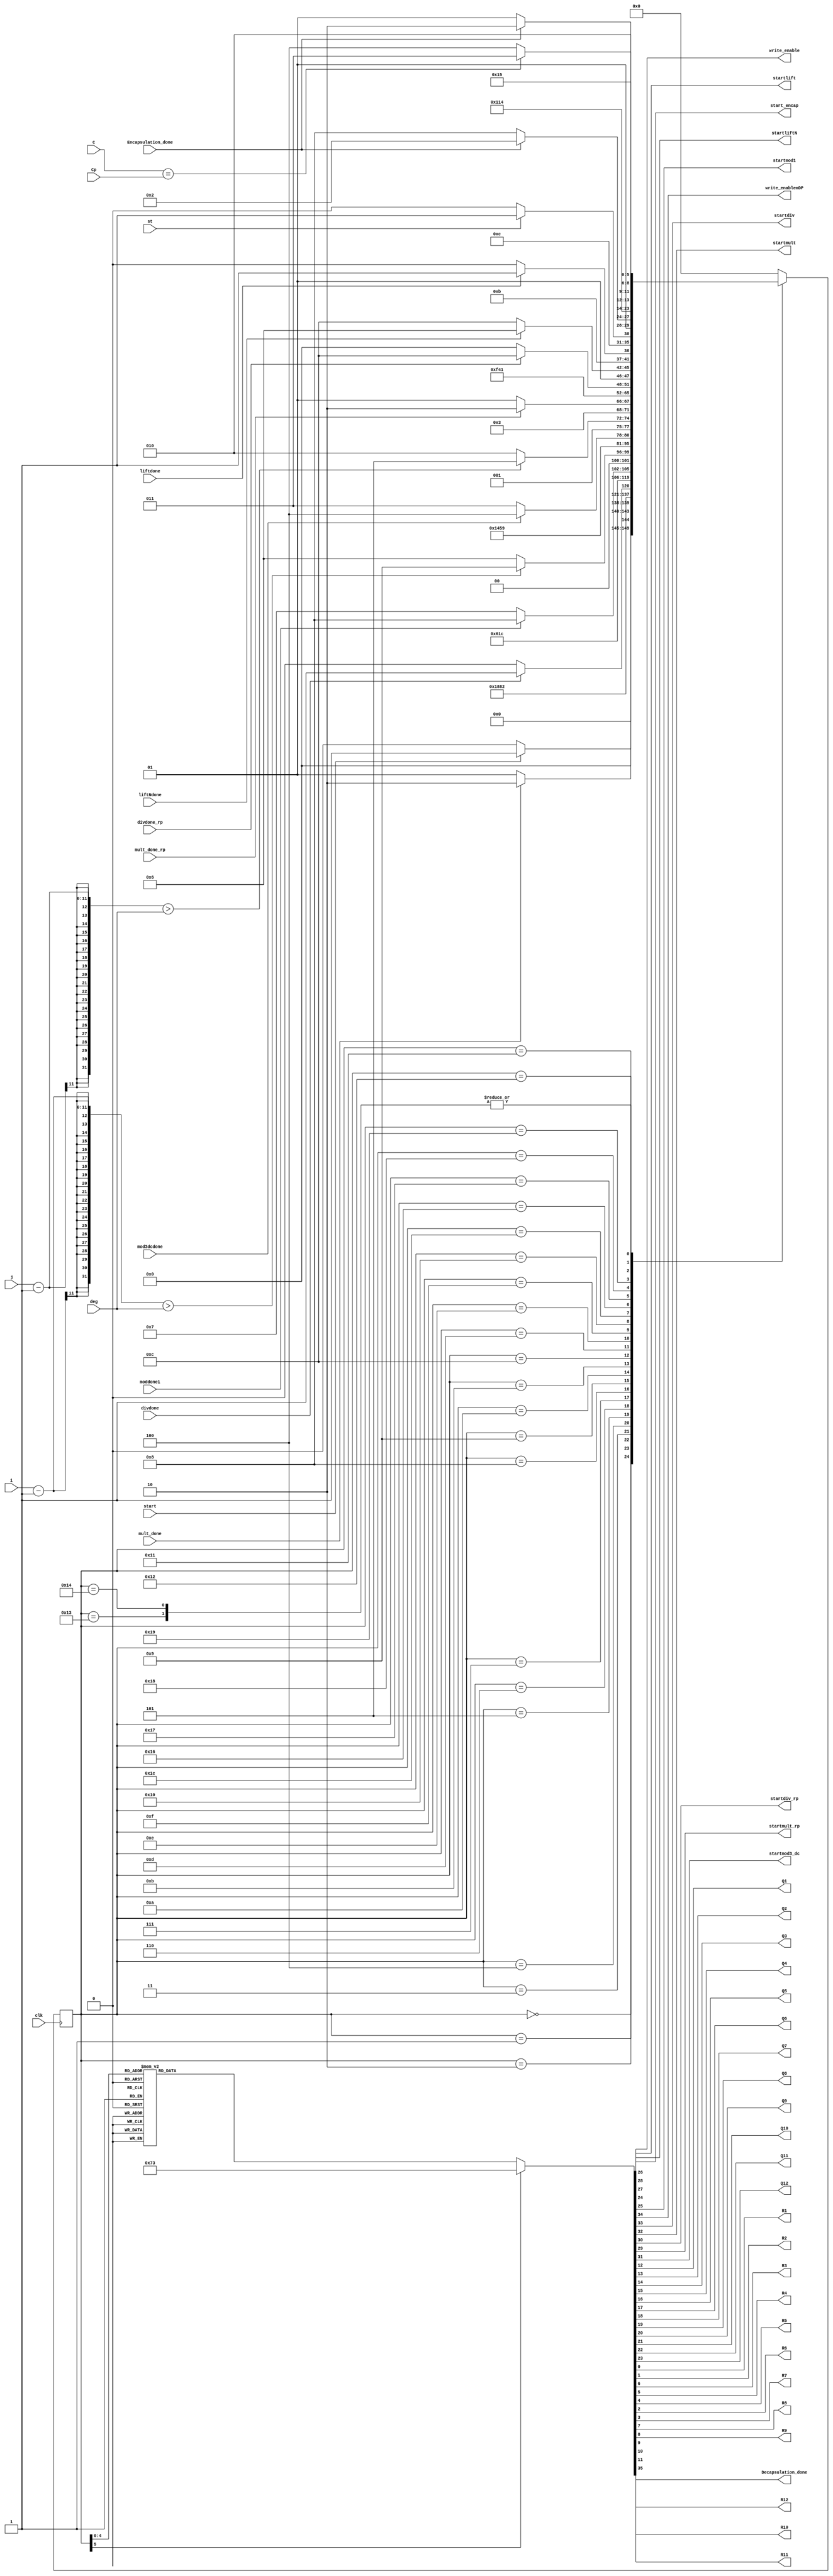
`timescale 1ns / 1ps
//////////////////////////////////////////////////////////////////////////////////
// Company: 
// Engineer: 
// 
// Design Name: 
// Module Name: Decapsulation_FSM
// Project Name: 
// Target Devices: 
// Tool Versions: 
// Description: 
// 
// Dependencies: 
// 
// Revision:
// Revision 0.01 - File Created
// Additional Comments:
// 
//////////////////////////////////////////////////////////////////////////////////


module Decapsulation_FSM(
    input clk, start,
    input [127:0] C, Cp,
    input [10:0]i, deg, j,
    input st, liftdone, liftNdone, Encapsulation_done,moddone1, mod3dcdone, mult_done, divdone, mult_done_rp, divdone_rp,
    output reg start_encap, startliftN,startlift,write_enable, startmod1,write_enablemDP, startdiv, startmult, startdiv_rp, startmult_rp, startmod3_dc,
    output reg Q1, Q2, Q3, Q4, Q5, Q6, Q7, Q8, Q9, Q10, Q11, Q12, R1, R2, R3, R4, R5, R6, R7,R8,R9,R10,R11, R12,
    output reg Decapsulation_done
    );
    
    parameter Inicio  = 5'b00000;
    parameter multI=5'b00001;
    parameter As1=5'b00010;
    parameter As2= 5'b00011;
    parameter cI=5'b00100;
    parameter temp1 = 5'b00101;
    parameter mod1=5'b00110;
    parameter mant=5'b00111;
    parameter pregM=5'b01000;
    parameter tempM3 = 5'b01001;
    parameter Mod3decap=5'b01010;
    parameter mantM3=5'b01011;
    parameter pregM3=5'b01100; 
    parameter multIrp=5'b01101;
    parameter As1rp=5'b01110;
    parameter As2rp=5'b01111;
    parameter rpI=5'b10000;
    parameter lift=5'b11100;
    parameter tsmallI=5'b10110;
    parameter checkrp=5'b10111;
    parameter CHrp=5'b11000;
    parameter Mrp=5'b11001;
    parameter encap=5'b10001;
    parameter check_C=5'b10010;
    parameter T=5'b10011;
    parameter F=5'b10100;
    parameter salida =5'b10101;


    reg [5:0] presente = Inicio; // Registro de Estado - Valor inicial
    reg [5:0] futuro;            // Entrada del registro de Estado

    // Registro de estado 
    always @(posedge clk)
        presente <= futuro;

    // Lgica del estado siguiente
    always @(presente,  deg, i, j, liftNdone, Encapsulation_done, moddone1, st, liftdone, mult_done, divdone, mult_done_rp, divdone_rp, mod3dcdone, start)
        case (presente)
            Inicio:
                if(start)
                    futuro <= multI;            
                else
                    futuro <= Inicio;
            multI:
                  if(mult_done)
                    futuro <= As1;            
                else
                    futuro <= multI;
            As1:
                futuro <= As2;
            As2:
                futuro <= cI;
            cI:
                if(divdone)
                    futuro <= temp1;
                else
                    futuro <= cI;
            temp1:
                futuro <= mod1;
            mod1:
                    futuro <= mant;
            mant:
                if(moddone1)
                    futuro <= pregM;
                else
                    futuro <= mant;
            pregM:
                if((i-1)>deg)
                    futuro <= tempM3;
                else
                    futuro <= mod1;
            tempM3:
                futuro <=Mod3decap;
            Mod3decap:
                    futuro <= mantM3;
            mantM3:
                if(mod3dcdone)
                    futuro <= pregM3;
                else
                    futuro <= mantM3;
            pregM3:
                if((j-1)>deg)
                    futuro <= multIrp;
                else
                    futuro <= Mod3decap;
            multIrp:
                  if(mult_done_rp)
                    futuro <= As1rp;            
                else
                    futuro <= multIrp;
            As1rp:
                futuro <= As2rp;
            As2rp:
                futuro <= rpI;
            rpI:
                if(divdone_rp)
                    futuro <= lift;
                else
                    futuro <= rpI;
            lift:
                if(liftNdone)
                    futuro <= tsmallI;
                else
                    futuro <= lift;
            tsmallI:
                if(liftdone)
                    futuro <= checkrp;
                else
                    futuro <= tsmallI;
            checkrp:
                if(st)
                    futuro <= Mrp;
                else
                    futuro <= CHrp;
            CHrp:
                if(Encapsulation_done)
                    futuro <= check_C;
                else
                    futuro <= CHrp;
            Mrp:
                futuro <= encap;
            encap:
                if(Encapsulation_done)
                    futuro <= check_C;
                else
                    futuro <= encap; 
            check_C:
                 if(C==Cp)
                    futuro <= T;
                else
                    futuro <= F; 
            T:
                futuro <=salida;
            F:
                futuro <=salida;    
            salida:
                futuro <= Inicio;
            default:
                futuro <= Inicio;
        endcase
    
    // Lgica de salida
    always @(presente)
        case (presente)
            Inicio : begin
                R1 <= 1'b1;
                R2 <= 1'b1;
                R6 <= 1'b0;
                R7 <= 1'b0;
                R5<= 1'b1;
                R4<= 1'b1;
                R3<= 1'b1;
                R8<= 1'b0;
                R9 <=1'b0;
                R10 <=1'b0;
                R11 <=1'b0;
                R12 <=1'b0;
                Q1<=1'b0;
                Q2<=1'b0;
                Q3<=1'b0;
                Q4<=1'b0;
                Q5<=1'b0;
                Q6<=1'b0;
                Q7<=1'b0;
                Q8<=1'b0;
                Q9<=1'b0;
                Q10<=1'b0;
                Q11<=1'b0;
                Q12<=1'b0;
                write_enable<=1'b0;
                startmod1 <= 1'b0;
                start_encap <= 1'b0;
                startlift<=1'b0;
                startliftN<=1'b0;
                startmult_rp<=1'b0;
                startdiv_rp<=1'b0;
                startmod3_dc<=1'b0;
                startmult<=1'b0;
                startdiv <= 1'b0;
                write_enablemDP<=1'b0;                
                Decapsulation_done <= 1'b0;
            end
            multI: begin
                R1 <= 1'b1;
                R2 <= 1'b1;
                R6 <= 1'b1;
                R7 <= 1'b1;
                R5<= 1'b1;
                R4<= 1'b1;
                R3<= 1'b1;
                R8<= 1'b0;
                R9 <=1'b1;
                R10 <=1'b1;
                R11 <=1'b0;
                R12 <=1'b0;
                Q1<=1'b0;
                Q2<=1'b0;
                Q3<=1'b0;
                Q4<=1'b0;
                Q5<=1'b0;
                Q6<=1'b0;
                Q7<=1'b0;
                Q8<=1'b0;
                Q9<=1'b0;
                Q10<=1'b0;
                Q11<=1'b0;
                Q12<=1'b0;
                startliftN<=1'b0;
                write_enable<=1'b0;
                startmod1 <= 1'b0;
                start_encap <= 1'b0;
                startlift<=1'b0;
                startmult_rp<=1'b0;
                startdiv_rp<=1'b0;
                startmod3_dc<=1'b0;
                startmult<=1'b1;
                startdiv <= 1'b0;
                write_enablemDP<=1'b0;                
                Decapsulation_done <= 1'b0;
            end
            As1: begin
                R1 <= 1'b0;
                R2 <= 1'b0;
                R6 <= 1'b1;
                R7 <= 1'b1;
                R5<= 1'b1;
                R4<= 1'b1;
                R3<= 1'b1;
                R8<= 1'b0;
                R9 <=1'b1;
                R10 <=1'b1;
                R11 <=1'b0;
                R12 <=1'b0;
                Q1<=1'b0;
                Q2<=1'b0;
                Q3<=1'b1;
                Q4<=1'b1;
                Q5<=1'b0;
                Q6<=1'b0;
                Q7<=1'b0;
                Q8<=1'b0;
                Q9<=1'b0;
                Q10<=1'b0;
                Q11<=1'b0;
                Q12<=1'b0;
                startliftN<=1'b0;
                write_enable<=1'b0;
                startmod1 <= 1'b0;
                start_encap <= 1'b0;
                startlift<=1'b0;
                startmult_rp<=1'b0;
                startdiv_rp<=1'b0;
                startmod3_dc<=1'b0;
                startmult<=1'b0;
                startdiv <= 1'b0;
                write_enablemDP<=1'b1;                
                Decapsulation_done <= 1'b0;
            end
            As2: begin
                R1 <= 1'b0;
                R2 <= 1'b0;
                R6 <= 1'b1;
                R7 <= 1'b1;
                R5<= 1'b1;
                R4<= 1'b1;
                R3<= 1'b1;
                R8<= 1'b0;
                R9 <=1'b1;
                R10 <=1'b1;
                R11 <=1'b0;
                R12 <=1'b0;
                Q1<=1'b0;
                Q2<=1'b0;
                Q3<=1'b1;
                Q4<=1'b1;
                Q5<=1'b0;
                Q6<=1'b0;
                Q7<=1'b0;
                Q8<=1'b0;
                Q9<=1'b0;
                Q10<=1'b0;
                Q11<=1'b0;
                Q12<=1'b0;
                startliftN<=1'b0;
                write_enable<=1'b0;
                startmod1 <= 1'b0;
                start_encap <= 1'b0;
                startlift<=1'b0;
                startmult_rp<=1'b0;
                startdiv_rp<=1'b0;
                startmod3_dc<=1'b0;
                startmult<=1'b0;
                startdiv <= 1'b0;
                write_enablemDP<=1'b1;                
                Decapsulation_done <= 1'b0;
            end                 
            cI: begin
                R1 <= 1'b1;
                R2 <= 1'b1;
                R6 <= 1'b1;
                R7 <= 1'b1;
                R5<= 1'b1;
                R4<= 1'b1;
                R3<= 1'b1;
                R8<= 1'b0;
                R9 <=1'b1;
                R10 <=1'b1;
                R11 <=1'b0;
                R12 <=1'b0;
                Q1<=1'b0;
                Q2<=1'b0;
                Q3<=1'b0;
                Q4<=1'b1;
                Q5<=1'b0;
                Q6<=1'b1;
                Q7<=1'b0;
                Q8<=1'b0;
                Q9<=1'b0;
                Q10<=1'b0;
                Q11<=1'b0;
                Q12<=1'b0;
                startliftN<=1'b0;
                write_enable<=1'b0;
                startmod1 <= 1'b0;
                start_encap <= 1'b0;
                startlift<=1'b0;
                startmult_rp<=1'b0;
                startdiv_rp<=1'b0;
                startmod3_dc<=1'b0;
                startmult<=1'b0;
                startdiv <= 1'b1;
                write_enablemDP<=1'b0;                
                Decapsulation_done <= 1'b0;
            end
            temp1: begin
                R1 <= 1'b1;
                R2 <= 1'b1;
                R6 <= 1'b1;
                R7 <= 1'b1;
                R5<= 1'b1;
                R4<= 1'b1;
                R3<= 1'b1;
                R8<= 1'b0;
                R9 <=1'b1;
                R10 <=1'b1;
                R11 <=1'b0;
                R12 <=1'b0;
                Q1<=1'b0;
                Q2<=1'b0;
                Q3<=1'b1;
                Q4<=1'b0;
                Q5<=1'b0;
                Q6<=1'b0;
                Q7<=1'b0;
                Q8<=1'b0;
                Q9<=1'b0;
                Q10<=1'b0;
                Q11<=1'b0;
                Q12<=1'b0;
                startliftN<=1'b0;
                write_enable<=1'b0;
                startmod1 <= 1'b0;
                start_encap <= 1'b0;
                startlift<=1'b0;
                startmult_rp<=1'b0;
                startdiv_rp<=1'b0;
                startmod3_dc<=1'b0;
                startmult<=1'b0;
                startdiv <= 1'b0;
                write_enablemDP<=1'b0;                
                Decapsulation_done <= 1'b0;
            end
            mod1: begin
                R1 <= 1'b1;
                R2 <= 1'b1;
                R6 <= 1'b0;
                R7 <= 1'b1;
                R5<= 1'b1;
                R4<= 1'b0;
                R3<= 1'b0;
                R8<= 1'b0;
                R9 <=1'b1;
                R10 <=1'b1;
                R11 <=1'b0;
                R12 <=1'b0;
                Q1<=1'b0;
                Q2<=1'b0;
                Q3<=1'b1;
                Q4<=1'b0;
                Q5<=1'b0;
                Q6<=1'b0;
                Q7<=1'b0;
                Q8<=1'b0;
                Q9<=1'b0;
                Q10<=1'b0;
                Q11<=1'b0;
                Q12<=1'b0;
                startliftN<=1'b0;
                write_enable<=1'b0;
                startmod1 <= 1'b1;
                start_encap <= 1'b0;
                startlift<=1'b0;
                startmult_rp<=1'b0;
                startdiv_rp<=1'b0;
                startmod3_dc<=1'b0;
                startmult<=1'b0;
                startdiv <= 1'b0;
                write_enablemDP<=1'b0;                
                Decapsulation_done <= 1'b0;
            end
            mant: begin
                R1 <= 1'b1;
                R2 <= 1'b1;
                R6 <= 1'b1;
                R7 <= 1'b1;
                R5<= 1'b1;
                R4<= 1'b1;
                R3<= 1'b0;
                R8<= 1'b0;
                R9 <=1'b1;
                R10 <=1'b1;
                R11 <=1'b0;
                R12 <=1'b0;
                Q1<=1'b0;
                Q2<=1'b0;
                Q3<=1'b1;
                Q4<=1'b0;
                Q5<=1'b0;
                Q6<=1'b0;
                Q7<=1'b0;
                Q8<=1'b0;
                Q9<=1'b0;
                Q10<=1'b0;
                Q11<=1'b0;
                Q12<=1'b0;
                startliftN<=1'b0;
                write_enable<=1'b0;
                startmod1 <= 1'b0;
                start_encap <= 1'b0;
                startlift<=1'b0;
                startmult_rp<=1'b0;
                startdiv_rp<=1'b0;
                startmod3_dc<=1'b0;
                startmult<=1'b0;
                startdiv <= 1'b0;
                write_enablemDP<=1'b0;                
                Decapsulation_done <= 1'b0;
            end
            pregM: begin
                R1 <= 1'b1;
                R2 <= 1'b1;
                R6 <= 1'b1;
                R7 <= 1'b1;
                R5<= 1'b0;
                R4<= 1'b1;
                R3<= 1'b0;
                R8<= 1'b0;
                R9 <=1'b1;
                R10 <=1'b1;
                R11 <=1'b0;
                R12 <=1'b0;
                Q1<=1'b0;
                Q2<=1'b0;
                Q3<=1'b1;
                Q4<=1'b0;
                Q5<=1'b0;
                Q6<=1'b0;
                Q7<=1'b0;
                Q8<=1'b0;
                Q9<=1'b0;
                Q10<=1'b0;
                Q11<=1'b0;
                Q12<=1'b0;
                startliftN<=1'b0;
                write_enable<=1'b1;
                startmod1 <= 1'b0;
                start_encap <= 1'b0;
                startlift<=1'b0;
                startmult_rp<=1'b0;
                startdiv_rp<=1'b0;
                startmod3_dc<=1'b0;
                startmult<=1'b0;
                startdiv <= 1'b0;
                write_enablemDP<=1'b0;                
                Decapsulation_done <= 1'b0;
            end
            tempM3: begin
                R1 <= 1'b1;
                R2 <= 1'b1;
                R6 <= 1'b0;
                R7 <= 1'b0;
                R5<= 1'b1;
                R4<= 1'b1;
                R3<= 1'b1;
                R8<= 1'b0;
                R9 <=1'b1;
                R10 <=1'b1;
                R11 <=1'b0;
                R12 <=1'b0;
                Q1<=1'b0;
                Q2<=1'b0;
                Q3<=1'b1;
                Q4<=1'b0;
                Q5<=1'b0;
                Q6<=1'b0;
                Q7<=1'b0;
                Q8<=1'b0;
                Q9<=1'b0;
                Q10<=1'b0;
                Q11<=1'b0;
                Q12<=1'b0;
                startliftN<=1'b0;
                write_enable<=1'b1;
                startmod1 <= 1'b0;
                start_encap <= 1'b0;
                startlift<=1'b0;
                startmult_rp<=1'b0;
                startdiv_rp<=1'b0;
                startmod3_dc<=1'b0;
                startmult<=1'b0;
                startdiv <= 1'b0;
                write_enablemDP<=1'b0;                
                Decapsulation_done <= 1'b0;
            end
            Mod3decap: begin
                R1 <= 1'b1;
                R2 <= 1'b1;
                R6 <= 1'b0;
                R7 <= 1'b1;
                R5<= 1'b1;
                R4<= 1'b0;
                R3<= 1'b0;
                R8<= 1'b1;
                R9 <=1'b0;
                R10 <=1'b1;
                R11 <=1'b1;
                R12 <=1'b0;
                Q1<=1'b0;
                Q2<=1'b0;
                Q3<=1'b1;
                Q4<=1'b0;
                Q5<=1'b0;
                Q6<=1'b0;
                Q7<=1'b0;
                Q8<=1'b0;
                Q9<=1'b0;
                Q10<=1'b0;
                Q11<=1'b0;
                Q12<=1'b0;
                startliftN<=1'b0;
                write_enable<=1'b1;
                startmod1 <= 1'b0;
                start_encap <= 1'b0;
                startlift<=1'b0;
                startmult_rp<=1'b0;
                startdiv_rp<=1'b0;
                startmod3_dc<=1'b1;
                startmult<=1'b0;
                startdiv <= 1'b0;
                write_enablemDP<=1'b0;                
                Decapsulation_done <= 1'b0;
            end
            mantM3: begin
                R1 <= 1'b1;
                R2 <= 1'b1;
                R6 <= 1'b1;
                R7 <= 1'b1;
                R5<= 1'b1;
                R4<= 1'b1;
                R3<= 1'b1;
                R8<= 1'b0;
                R9 <=1'b1;
                R10 <=1'b1;
                R11 <=1'b0;
                R12 <=1'b0;
                Q1<=1'b0;
                Q2<=1'b0;
                Q3<=1'b1;
                Q4<=1'b0;
                Q5<=1'b0;
                Q6<=1'b0;
                Q7<=1'b0;
                Q8<=1'b0;
                Q9<=1'b0;
                Q10<=1'b0;
                Q11<=1'b0;
                Q12<=1'b0;
                startliftN<=1'b0;
                write_enable<=1'b0;
                startmod1 <= 1'b0;
                start_encap <= 1'b0;
                startlift<=1'b0;
                startmult_rp<=1'b0;
                startdiv_rp<=1'b0;
                startmod3_dc<=1'b0;
                startmult<=1'b0;
                startdiv <= 1'b0;
                write_enablemDP<=1'b0;                
                Decapsulation_done <= 1'b0;
            end
            pregM3: begin
                R1 <= 1'b1;
                R2 <= 1'b1;
                R6 <= 1'b1;
                R7 <= 1'b1;
                R5<= 1'b0;
                R4<= 1'b1;
                R3<= 1'b0;
                R8<= 1'b1;
                R9 <=1'b1;
                R10 <=1'b1;
                R11 <=1'b0;
                R12 <=1'b1;
                Q1<=1'b0;
                Q2<=1'b0;
                Q3<=1'b1;
                Q4<=1'b0;
                Q5<=1'b0;
                Q6<=1'b0;
                Q7<=1'b0;
                Q8<=1'b0;
                Q9<=1'b0;
                Q10<=1'b0;
                Q11<=1'b0;
                Q12<=1'b0;
                startliftN<=1'b0;
                write_enable<=1'b1;
                startmod1 <= 1'b0;
                start_encap <= 1'b0;
                startlift<=1'b0;
                startmult_rp<=1'b0;
                startdiv_rp<=1'b0;
                startmod3_dc<=1'b0;
                startmult<=1'b0;
                startdiv <= 1'b0;
                write_enablemDP<=1'b0;                
                Decapsulation_done <= 1'b0;
            end
            multIrp: begin
                R1 <= 1'b1;
                R2 <= 1'b1;
                R6 <= 1'b1;
                R7 <= 1'b1;
                R5<= 1'b1;
                R4<= 1'b1;
                R3<= 1'b1;
                R8<= 1'b0;
                R9 <=1'b1;
                R10 <=1'b1;
                R11 <=1'b0;
                R12 <=1'b0;
                Q1<=1'b0;
                Q2<=1'b1;
                Q3<=1'b1;
                Q4<=1'b1;
                Q5<=1'b1;
                Q6<=1'b0;
                Q7<=1'b0;
                Q8<=1'b0;
                Q9<=1'b0;
                Q10<=1'b0;
                Q11<=1'b0;
                Q12<=1'b0;
                startliftN<=1'b0;
                write_enable<=1'b0;
                startmod1 <= 1'b0;
                start_encap <= 1'b0;
                startlift<=1'b0;
                startmult_rp<=1'b1;
                startdiv_rp<=1'b0;
                startmod3_dc<=1'b0;
                startmult<=1'b0;
                startdiv <= 1'b0;
                write_enablemDP<=1'b0;                
                Decapsulation_done <= 1'b0;
            end
            As1rp: begin
                R1 <= 1'b0;
                R2 <= 1'b0;
                R6 <= 1'b1;
                R7 <= 1'b1;
                R5<= 1'b1;
                R4<= 1'b1;
                R3<= 1'b1;
                R8<= 1'b0;
                R9 <=1'b1;
                R10 <=1'b1;
                R11 <=1'b0;
                R12 <=1'b0;
                Q1<=1'b1;
                Q2<=1'b0;
                Q3<=1'b1;
                Q4<=1'b1;
                Q5<=1'b0;
                Q6<=1'b0;
                Q7<=1'b0;
                Q8<=1'b0;
                Q9<=1'b0;
                Q10<=1'b0;
                Q11<=1'b0;
                Q12<=1'b0;
                startliftN<=1'b0;
                write_enable<=1'b0;
                startmod1 <= 1'b0;
                start_encap <= 1'b0;
                startlift<=1'b0;
                startmult_rp<=1'b0;
                startdiv_rp<=1'b0;
                startmod3_dc<=1'b0;
                startmult<=1'b0;
                startdiv <= 1'b0;
                write_enablemDP<=1'b1;                
                Decapsulation_done <= 1'b0;
            end
            As2rp: begin
                R1 <= 1'b0;
                R2 <= 1'b0;
                R6 <= 1'b1;
                R7 <= 1'b1;
                R5<= 1'b1;
                R4<= 1'b1;
                R3<= 1'b1;
                R8<= 1'b0;
                R9 <=1'b1;
                R10 <=1'b1;
                R11 <=1'b0;
                R12 <=1'b0;
                Q1<=1'b1;
                Q2<=1'b0;
                Q3<=1'b1;
                Q4<=1'b1;
                Q5<=1'b0;
                Q6<=1'b0;
                Q7<=1'b0;
                Q8<=1'b0;
                Q9<=1'b0;
                Q10<=1'b0;
                Q11<=1'b0;
                Q12<=1'b0;
                startliftN<=1'b0;
                write_enable<=1'b0;
                startmod1 <= 1'b0;
                start_encap <= 1'b0;
                startlift<=1'b0;
                startmult_rp<=1'b0;
                startdiv_rp<=1'b0;
                startmod3_dc<=1'b0;
                startmult<=1'b0;
                startdiv <= 1'b0;
                write_enablemDP<=1'b1;                
                Decapsulation_done <= 1'b0;
            end                 
            rpI: begin
                R1 <= 1'b1;
                R2 <= 1'b1;
                R6 <= 1'b1;
                R7 <= 1'b1;
                R5<= 1'b1;
                R4<= 1'b1;
                R3<= 1'b1;
                R8<= 1'b0;
                R9 <=1'b1;
                R10 <=1'b1;
                R11 <=1'b0;
                R12 <=1'b0;
                Q1<=1'b1;
                Q2<=1'b1;
                Q3<=1'b1;
                Q4<=1'b1;
                Q5<=1'b1;
                Q6<=1'b1;
                Q7<=1'b1;
                Q8<=1'b0;
                Q9<=1'b0;
                Q10<=1'b0;
                Q11<=1'b0;
                Q12<=1'b0;
                startliftN<=1'b0;
                write_enable<=1'b0;
                startmod1 <= 1'b0;
                start_encap <= 1'b0;
                startlift<=1'b0;
                startmult_rp<=1'b0;
                startdiv_rp<=1'b1;
                startmod3_dc<=1'b0;
                startmult<=1'b0;
                startdiv <= 1'b0;
                write_enablemDP<=1'b0;                
                Decapsulation_done <= 1'b0;
            end
            lift: begin
                R1 <= 1'b1;
                R2 <= 1'b1;
                R6 <= 1'b1;
                R7 <= 1'b1;
                R5<= 1'b1;
                R4<= 1'b1;
                R3<= 1'b1;
                R8<= 1'b0;
                R9 <=1'b1;
                R10 <=1'b1;
                R11 <=1'b0;
                R12 <=1'b0;
                Q1<=1'b1;
                Q2<=1'b1;
                Q3<=1'b1;
                Q4<=1'b1;
                Q5<=1'b1;
                Q6<=1'b1;
                Q7<=1'b1;
                Q8<=1'b0;
                Q9<=1'b0;
                Q10<=1'b0;
                Q11<=1'b0;
                Q12<=1'b1;
                startliftN<=1'b1;
                write_enable<=1'b0;
                startmod1 <= 1'b0;
                start_encap <= 1'b0;
                startlift<=1'b0;
                startmult_rp<=1'b0;
                startdiv_rp<=1'b0;
                startmod3_dc<=1'b0;
                startmult<=1'b0;
                startdiv <= 1'b0;
                write_enablemDP<=1'b0;                
                Decapsulation_done <= 1'b0;
            end
            tsmallI: begin
                R1 <= 1'b1;
                R2 <= 1'b1;
                R6 <= 1'b1;
                R7 <= 1'b1;
                R5<= 1'b1;
                R4<= 1'b1;
                R3<= 1'b1;
                R8<= 1'b0;
                R9 <=1'b1;
                R10 <=1'b1;
                R11 <=1'b0;
                R12 <=1'b0;
                Q1<=1'b1;
                Q2<=1'b1;
                Q3<=1'b1;
                Q4<=1'b1;
                Q5<=1'b1;
                Q6<=1'b1;
                Q7<=1'b1;
                Q8<=1'b0;
                Q9<=1'b0;
                Q10<=1'b0;
                Q11<=1'b0;
                Q12<=1'b0;
                startliftN<=1'b0;
                write_enable<=1'b0;
                startmod1 <= 1'b0;
                start_encap <= 1'b0;
                startlift<=1'b1;
                startmult_rp<=1'b0;
                startdiv_rp<=1'b0;
                startmod3_dc<=1'b0;
                startmult<=1'b0;
                startdiv <= 1'b0;
                write_enablemDP<=1'b0;                
                Decapsulation_done <= 1'b0;
            end
            checkrp: begin
                R1 <= 1'b1;
                R2 <= 1'b1;
                R6 <= 1'b1;
                R7 <= 1'b1;
                R5<= 1'b1;
                R4<= 1'b1;
                R3<= 1'b1;
                R8<= 1'b0;
                R9 <=1'b1;
                R10 <=1'b1;
                R11 <=1'b0;
                R12 <=1'b0;
                Q1<=1'b1;
                Q2<=1'b1;
                Q3<=1'b1;
                Q4<=1'b1;
                Q5<=1'b1;
                Q6<=1'b1;
                Q7<=1'b1;
                Q8<=1'b0;
                Q9<=1'b0;
                Q10<=1'b0;
                Q11<=1'b0;
                Q12<=1'b0;
                startliftN<=1'b0;
                write_enable<=1'b0;
                startmod1 <= 1'b0;
                start_encap <= 1'b0;
                startlift<=1'b0;
                startmult_rp<=1'b0;
                startdiv_rp<=1'b0;
                startmod3_dc<=1'b0;
                startmult<=1'b0;
                startdiv <= 1'b0;
                write_enablemDP<=1'b0;                
                Decapsulation_done <= 1'b0;
            end
            CHrp: begin
                R1 <= 1'b1;
                R2 <= 1'b1;
                R6 <= 1'b1;
                R7 <= 1'b1;
                R5<= 1'b1;
                R4<= 1'b1;
                R3<= 1'b1;
                R8<= 1'b0;
                R9 <=1'b1;
                R10 <=1'b1;
                R11 <=1'b0;
                R12 <=1'b0;
               Q1<=1'b1;
                Q2<=1'b1;
                Q3<=1'b1;
                Q4<=1'b1;
                Q5<=1'b1;
                Q6<=1'b1;
                Q7<=1'b1;
                Q8<=1'b0;
                Q9<=1'b0;
                Q10<=1'b0;
                Q11<=1'b1;
                Q12<=1'b0;
                startliftN<=1'b0;
                write_enable<=1'b0;
                startmod1 <= 1'b0;
                start_encap <= 1'b1;
                startlift<=1'b0;
                startmult_rp<=1'b0;
                startdiv_rp<=1'b0;
                startmod3_dc<=1'b0;
                startmult<=1'b0;
                startdiv <= 1'b0;
                write_enablemDP<=1'b0;                
                Decapsulation_done <= 1'b0;
            end
            Mrp: begin
                R1 <= 1'b1;
                R2 <= 1'b1;
                R6 <= 1'b1;
                R7 <= 1'b1;
                R5<= 1'b1;
                R4<= 1'b1;
                R3<= 1'b1;
                R8<= 1'b0;
                R9 <=1'b1;
                R10 <=1'b1;
                R11 <=1'b0;
                R12 <=1'b0;
                Q1<=1'b1;
                Q2<=1'b1;
                Q3<=1'b1;
                Q4<=1'b1;
                Q5<=1'b1;
                Q6<=1'b1;
                Q7<=1'b1;
                Q8<=1'b0;
                Q9<=1'b0;
                Q10<=1'b1;
                Q11<=1'b0;
                Q12<=1'b0;
                startliftN<=1'b0;
                write_enable<=1'b0;
                startmod1 <= 1'b0;
                start_encap <= 1'b0;
                startlift<=1'b0;
                startmult_rp<=1'b0;
                startdiv_rp<=1'b0;
                startmod3_dc<=1'b0;
                startmult<=1'b0;
                startdiv <= 1'b0;
                write_enablemDP<=1'b0;                
                Decapsulation_done <= 1'b0;
            end
            encap: begin
                R1 <= 1'b1;
                R2 <= 1'b1;
                R6 <= 1'b1;
                R7 <= 1'b1;
                R5<= 1'b1;
                R4<= 1'b1;
                R3<= 1'b1;
                R8<= 1'b0;
                R9 <=1'b1;
                R10 <=1'b1;
                R11 <=1'b0;
                R12 <=1'b0;
                Q1<=1'b1;
                Q2<=1'b1;
                Q3<=1'b1;
                Q4<=1'b1;
                Q5<=1'b1;
                Q6<=1'b1;
                Q7<=1'b1;
                Q8<=1'b0;
                Q9<=1'b0;
                Q10<=1'b1;
                Q11<=1'b0;
                Q12<=1'b0;
                startliftN<=1'b0;
                write_enable<=1'b0;
                startmod1 <= 1'b0;
                start_encap <= 1'b1;
                startlift<=1'b0;
                startmult_rp<=1'b0;
                startdiv_rp<=1'b0;
                startmod3_dc<=1'b0;
                startmult<=1'b0;
                startdiv <= 1'b0;
                write_enablemDP<=1'b0;                
                Decapsulation_done <= 1'b0;
            end
            check_C: begin
                R1 <= 1'b1;
                R2 <= 1'b1;
                R6 <= 1'b1;
                R7 <= 1'b1;
                R5<= 1'b1;
                R4<= 1'b1;
                R3<= 1'b1;
                R8<= 1'b0;
                R9 <=1'b1;
                R10 <=1'b1;
                R11 <=1'b0;
                R12 <=1'b0;
                Q1<=1'b1;
                Q2<=1'b1;
                Q3<=1'b1;
                Q4<=1'b1;
                Q5<=1'b1;
                Q6<=1'b1;
                Q7<=1'b1;
                Q8<=1'b0;
                Q9<=1'b0;
                Q10<=1'b1;
                Q11<=1'b0;
                Q12<=1'b0;
                startliftN<=1'b0;
                write_enable<=1'b0;
                startmod1 <= 1'b0;
                start_encap <= 1'b0;
                startlift<=1'b0;
                startmult_rp<=1'b0;
                startdiv_rp<=1'b0;
                startmod3_dc<=1'b0;
                startmult<=1'b0;
                startdiv <= 1'b0;
                write_enablemDP<=1'b0;                
                Decapsulation_done <= 1'b0;
            end
            T: begin
                R1 <= 1'b1;
                R2 <= 1'b1;
                R6 <= 1'b1;
                R7 <= 1'b1;
                R5<= 1'b1;
                R4<= 1'b1;
                R3<= 1'b1;
                R8<= 1'b0;
                R9 <=1'b1;
                R10 <=1'b1;
                R11 <=1'b0;
                R12 <=1'b0;
                Q1<=1'b1;
                Q2<=1'b1;
                Q3<=1'b1;
                Q4<=1'b1;
                Q5<=1'b1;
                Q6<=1'b1;
                Q7<=1'b1;
                Q8<=1'b1;
                Q9<=1'b0;
                Q10<=1'b1;
                Q11<=1'b0;
                Q12<=1'b0;
                startliftN<=1'b0;
                write_enable<=1'b0;
                startmod1 <= 1'b0;
                start_encap <= 1'b0;
                startlift<=1'b0;
                startmult_rp<=1'b0;
                startdiv_rp<=1'b0;
                startmod3_dc<=1'b0;
                startmult<=1'b0;
                startdiv <= 1'b0;
                write_enablemDP<=1'b0;                
                Decapsulation_done <= 1'b0;
            end
            F: begin
                R1 <= 1'b1;
                R2 <= 1'b1;
                R6 <= 1'b1;
                R7 <= 1'b1;
                R5<= 1'b1;
                R4<= 1'b1;
                R3<= 1'b1;
                R8<= 1'b0;
                R9 <=1'b1;
                R10 <=1'b1;
                R11 <=1'b0;
                R12 <=1'b0;
                Q1<=1'b0;
                Q2<=1'b0;
                Q3<=1'b0;
                Q4<=1'b0;
                Q5<=1'b0;
                Q6<=1'b0;
                Q7<=1'b0;
                Q8<=1'b0;
                Q9<=1'b1;
                Q10<=1'b0;
                Q11<=1'b0;
                Q12<=1'b0;
                startliftN<=1'b0;
                write_enable<=1'b0;
                startmod1 <= 1'b0;
                start_encap <= 1'b0;
                startlift<=1'b0;
                startmult_rp<=1'b0;
                startdiv_rp<=1'b0;
                startmod3_dc<=1'b0;
                startmult<=1'b0;
                startdiv <= 1'b0;
                write_enablemDP<=1'b0;                
                Decapsulation_done <= 1'b0;
            end
            salida: begin
                R1 <= 1'b1;
                R2 <= 1'b1;
                R6 <= 1'b1;
                R7 <= 1'b1;
                R5<= 1'b1;
                R4<= 1'b1;
                R3<= 1'b1;
                R8<= 1'b0;
                R9 <=1'b1;
                R10 <=1'b1;
                R11 <=1'b0;
                R12 <=1'b0;
                Q1<=1'b1;
                Q2<=1'b1;
                Q3<=1'b1;
                Q4<=1'b1;
                Q5<=1'b1;
                Q6<=1'b1;
                Q7<=1'b1;
                Q8<=1'b0;
                Q9<=1'b0;
                Q10<=1'b1;
                Q11<=1'b0;
                Q12<=1'b0;
                startliftN<=1'b0;
                write_enable<=1'b0;
                startmod1 <= 1'b0;
                start_encap <= 1'b0;
                startlift<=1'b0;
                startmult_rp<=1'b0;
                startdiv_rp<=1'b0;
                startmod3_dc<=1'b0;
                startmult<=1'b0;
                startdiv <= 1'b0;
                write_enablemDP<=1'b0;                
                Decapsulation_done <= 1'b1;
            end
            
            default: begin 
                R1 <= 1'b1;
                R2 <= 1'b1;
                R6 <= 1'b0;
                R7 <= 1'b0;
                R5<= 1'b1;
                R4<= 1'b1;
                R3<= 1'b1;
                R8<= 1'b0;
                R9 <=1'b0;
                R10 <=1'b0;
                R11 <=1'b0;
                R12 <=1'b0;
                Q1<=1'b0;
                Q2<=1'b0;
                Q3<=1'b0;
                Q4<=1'b0;
                Q5<=1'b0;
                Q6<=1'b0;
                Q7<=1'b0;
                Q8<=1'b0;
                Q9<=1'b0;
                Q10<=1'b0;
                Q11<=1'b0;
                Q12<=1'b0;
                startliftN<=1'b0;
                write_enable<=1'b0;
                startmod1 <= 1'b0;
                start_encap <= 1'b0;
                startlift<=1'b0;
                startmult_rp<=1'b0;
                startdiv_rp<=1'b0;
                startmod3_dc<=1'b0;
                startmult<=1'b0;
                startdiv <= 1'b0;
                write_enablemDP<=1'b0;                
                Decapsulation_done <= 1'b0;
            end
      endcase
endmodule